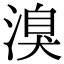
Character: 溴